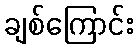
ချစ်ကြောင်း